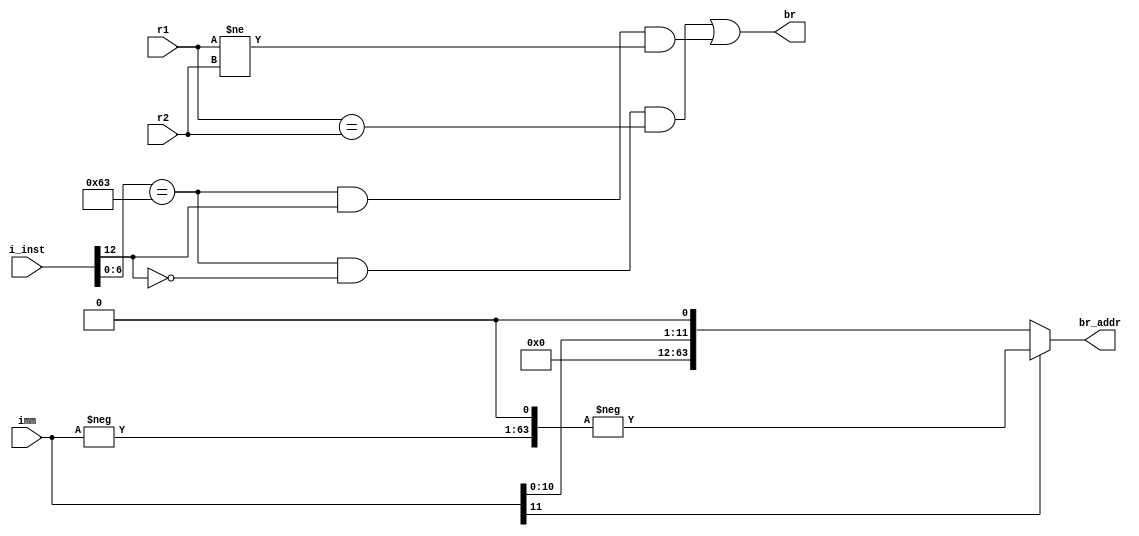
module BranchUnit #(
    parameter DATA_W = 64,
    parameter ADDR_W = 64
) (
    input   [31:0]          i_inst,
    input   [DATA_W-1:0]    r1,
    input   [DATA_W-1:0]    r2,
    input   [11:0]          imm,
    output                  br,
    output  [ADDR_W-1:0]    br_addr
);

wire beq, bne;

wire signed [11:0] br_addr_w;

assign beq = (i_inst[6:0] == 7'b1100011) & (i_inst[12] == 0);
assign bne = (i_inst[6:0] == 7'b1100011) & (i_inst[12] == 1);
assign br  = (beq & (r1 == r2)) | (bne & (r1 != r2));
assign br_addr_w = imm;
assign br_addr  = br_addr_w[11] == 0 ? br_addr_w << 1 : -((-br_addr_w) << 1);


endmodule